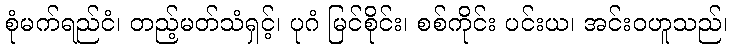
စုံမက်ရည်ငံ၊ တည့်မတ်သံရှင့်၊ ပုဂံ မြင်စိုင်း၊ စစ်ကိုင်း ပင်းယ၊ အင်းဝဟူသည်၊